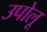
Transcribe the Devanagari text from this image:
उपोलू